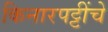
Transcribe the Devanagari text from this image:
किनारपट्टींचे